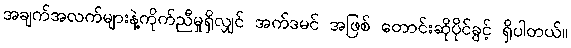
အချက်အလက်များနဲ့ကိုက်ညီမှုရှိလျှင် အက်ဒမင် အဖြစ် တောင်းဆိုပိုင်ခွင့် ရှိပါတယ်။